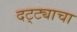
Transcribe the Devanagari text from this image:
दट्ट्याचा